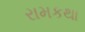
રામકથા